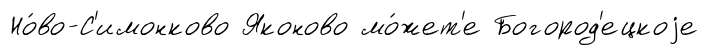
Но́во-С'имонково Яконово мо́жет'е Богород'ецкоjе